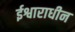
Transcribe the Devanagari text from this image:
ईश्वाराधीन